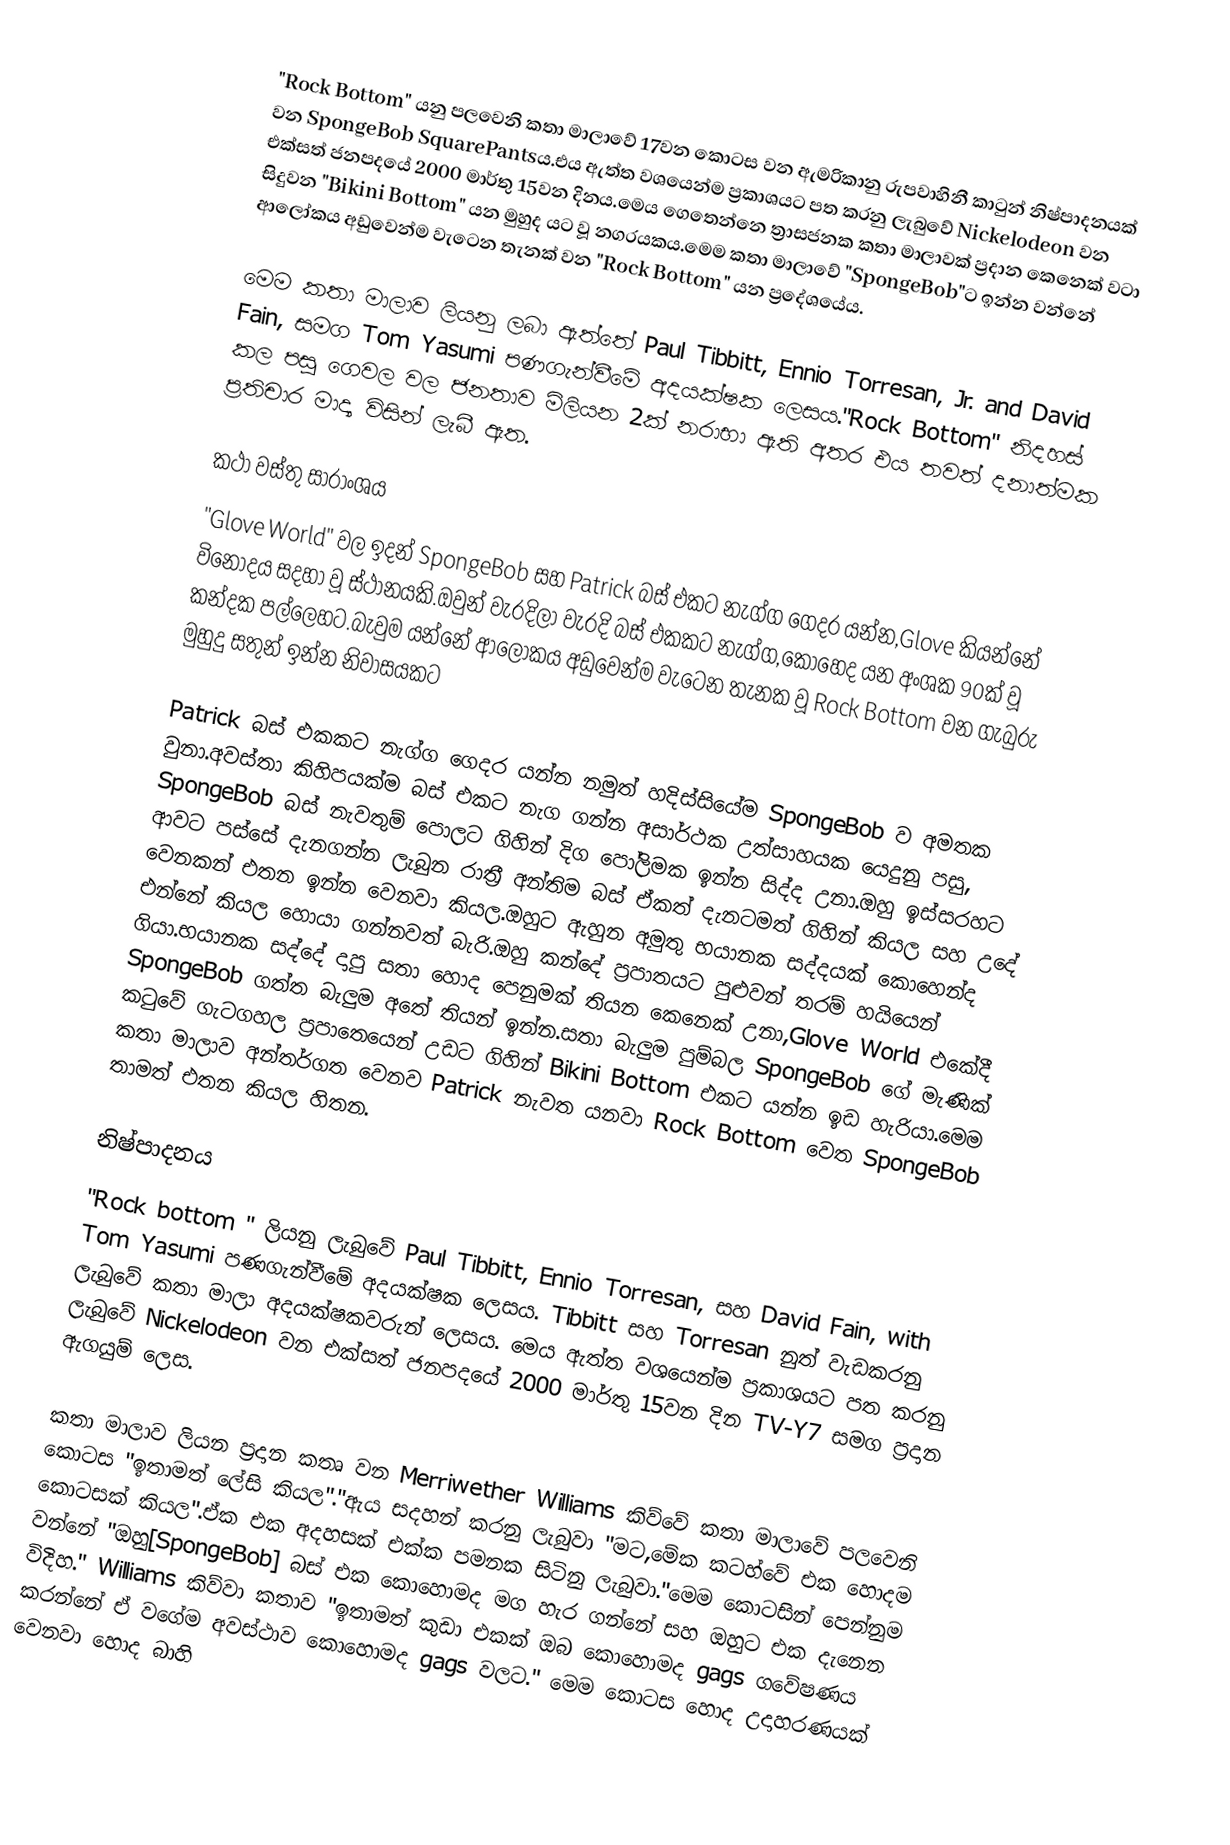
"Rock Bottom" යනු පලවෙනි කතා මාලාවේ 17වන කොටස වන ඇමරිකානු රුපවාහිනී කාටුන් නිෂ්පාදනයක් වන SpongeBob SquarePantsය.එය ඇත්ත වශයෙන්ම ප්‍රකාශයට පත කරනු ලැබුවේ Nickelodeon වන එක්සත් ජනපදයේ 2000 මාර්තු 15වන දිනය.මෙය ගෙතෙන්නෙ ත්‍රාසජනක කතා මාලාවක් ප්‍රදාන කෙනෙක් වටා සිදුවන "Bikini Bottom" යන මුහුද යට වූ නගරයකය.මෙම කතා මාලාවේ "SpongeBob"ට ඉන්න වන්නේ ආලෝකය අඩුවෙන්ම වැටෙන තැනක් වන "Rock Bottom" යන ප්‍රදේශයේය.

මෙම කතා මාලාව ලියනු ලබා ඇත්තේ  Paul Tibbitt, Ennio Torresan, Jr. and David Fain, සමග Tom Yasumi පණගැන්වීමේ අදයක්ෂක ලෙසය."Rock Bottom" නිදහස් කල   පසු ගෙවල වල ජනතාව මිලියන 2ක් නරාභා ඇති අතර එය තවත් දනාත්මක ප්‍රතිචාර මාද්‍ය විසින් ලැබී ඇත.

කථා වස්තු සාරාංශය
"Glove World" වල ඉදන් SpongeBob සහ Patrick බස් එකට නැග්ග ගෙදර යන්න,Glove කියන්නේ විනෝදය සදහා වූ ස්ථානයකි.ඔවුන් වැරදිලා වැරදි බස් එකකට නැග්ග,කොහෙද යන අංශක 90ක් වූ කන්දක පල්ලෙහට.බැවුම යන්නේ ආලෝකය අඩුවෙන්ම වැටෙන තැනක වූ Rock Bottom වන ගැබුරු මුහුදු සතුන් ඉන්න නිවාසයකට

Patrick බස් එකකට නැග්ග ගෙදර යන්න නමුත් හදිස්සියේම SpongeBob ව අමතක වුනා.අවස්තා කිහිපයක්ම බස් එකට නැග ගන්න අසාර්ථක උත්සාහයක යෙදුනු පසු, SpongeBob බස් නැවතුම් පොලට ගිහින් දිග පෝලිමක ඉන්න සිද්ද උනා.ඔහු ඉස්සරහට ආවට පස්සේ දැනගන්න ලැබුන රාත්‍රී අන්තිම බස්  ඒකත් දැනටමත් ගිහින් කියල සහ උදේ වෙනකන් එතන ඉන්න වෙනවා කියල.ඔහුට ඇහුන අමුතු භයානක සද්දයක් කොහෙන්ද එන්නේ කියල හොයා ගන්නවත් බැරි.ඔහු කන්දේ ප්‍රපාතයට පුළුවන් තරම් හයියෙන් ගියා.භයානක සද්දේ දාපු සතා හොද පෙනුමක් තියන කෙනෙක් උනා,Glove World එකේදී SpongeBob ගත්ත බැලුම අතේ තියන් ඉන්න.සතා බැලුම පුම්බල SpongeBob ගේ මැණික් කටුවේ ගැටගහල ප්‍රපාතෙයෙන් උඩට ගිහින් Bikini Bottom එකට යන්න ඉඩ හැරියා.මෙම කතා මාලාව අන්තර්ගත වෙනව Patrick නැවත යනවා Rock Bottom වෙත SpongeBob තාමත් එතන කියල හිතන.

නිෂ්පාදනය
"Rock bottom " ලියනු ලැබුවේ  Paul Tibbitt, Ennio Torresan, සහ  David Fain, with Tom Yasumi පණගැන්වීමේ අදයක්ෂක ලෙසය. Tibbitt සහ Torresan නුත් වැඩකරනු ලැබුවේ කතා මාලා අදයක්ෂකවරුන් ලෙසය. මෙය  ඇත්ත වශයෙන්ම ප්‍රකාශයට පත කරනු ලැබුවේ Nickelodeon වන එක්සත් ජනපදයේ 2000 මාර්තු 15වන දින TV-Y7 සමග ප්‍රදාන ඇගයුම් ලෙස.

කතා මාලාව ලියන ප්‍රදාන කතෘ වන Merriwether Williams කිව්වේ කතා මාලාවේ පලවෙනි කොටස "ඉතාමත් ලේසි කියල"."ඇය සදහන් කරනු ලැබුවා "මට,මේක කටහ්වේ එක හොදම කොටසක් කියල".ඒක එක අදහසක් එක්ක පමනක සිටිනු ලැබුවා."මෙම කොටසින් පෙන්නුම වන්නේ "ඔහු[SpongeBob] බස් එක කොහොමද මග හැර ගන්නේ සහ ඔහුට එක දැනෙන විදිහ." Williams කිව්වා කතාව "ඉතාමත් කුඩා එකක් ඔබ කොහොමද gags ගවේෂණය කරන්නේ ඒ වගේම අවස්ථාව කොහොමද gags වලට." මෙම කොටස හොද උදාහරණයක් වෙනවා හොද බාහි